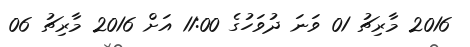
2016 މާރިޗު 01 ވަނަ ދުވަހުގެ 11:00 އަށް 2016 މާރިޗު 06